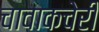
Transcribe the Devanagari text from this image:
चावाकचेरी